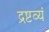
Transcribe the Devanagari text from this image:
द्रष्टव्यं